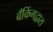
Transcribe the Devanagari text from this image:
बँकिंगद्वारा